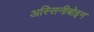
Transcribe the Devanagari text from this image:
अस्सिनीबोइन